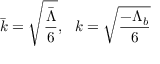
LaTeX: \bar { k } = \sqrt { \frac { \bar { \Lambda } } { 6 } } , \ \ k = \sqrt { \frac { - \Lambda _ { b } } { 6 } }